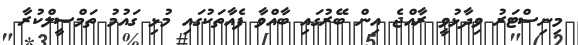
މިނިސްޓަރު ވިދާޅުވީ ރާއްޖެ އިން ބޭރުގައި ބާއްވާ ފެއާތަކުގައި މުޅި ގައުމު ތަމްސީލްކުރާ